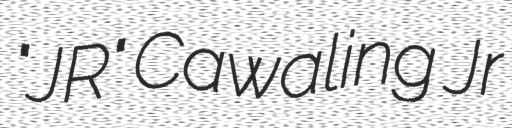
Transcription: "JR" Cawaling Jr